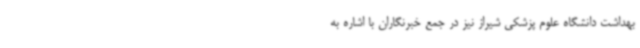
بهداشت دانشگاه علوم پزشکی شیراز نیز در جمع خبرنگاران با اشاره به